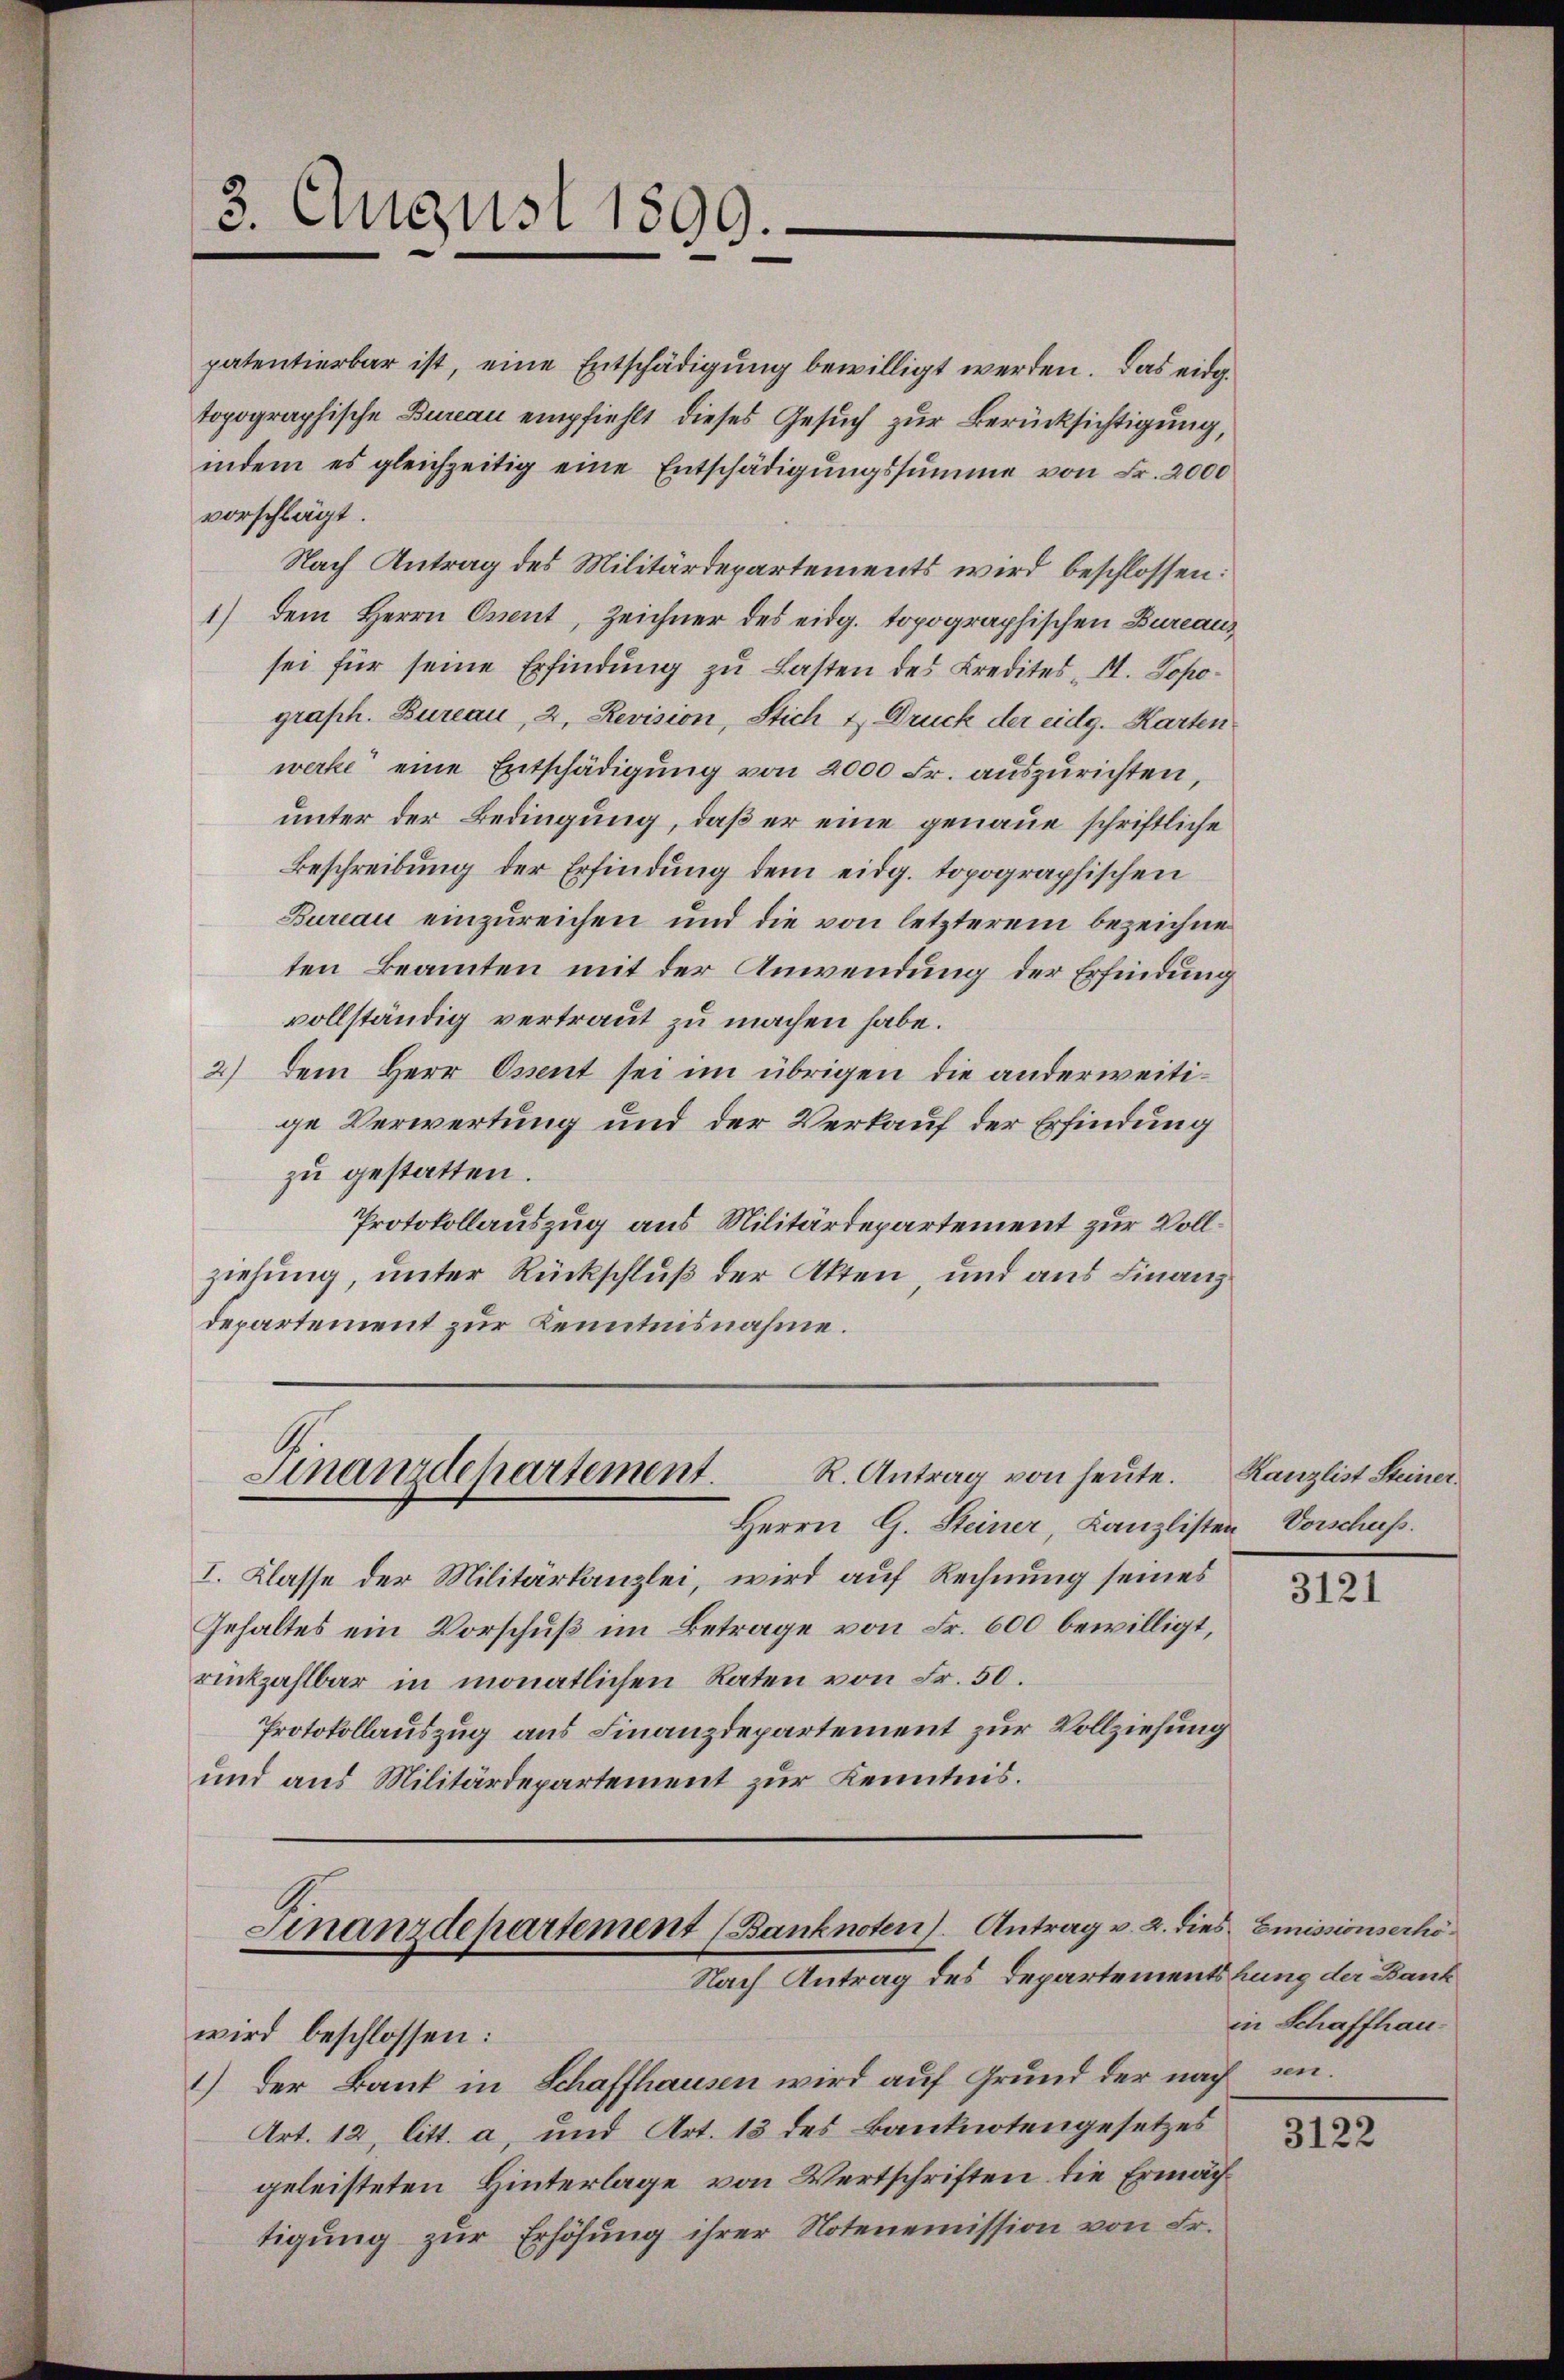
3. August 1899.

R. Antrag von heute.
Finanzdepartement.
Herrn G. Steiner, Kanzlisten Vorschuss.

I. Klasse der Militärkanzlei, wird auf Rechnung seines
Gehaltes ein Vorschuß im Betrage von Fr. 600 bewilligt,
rückzahlbar in monatlichen Raten von Fr. 50.
Protokollauszug aus Finanzdepartement zur Vollziehung
und aus Militärdepartement zur Kenntnis.

patentierbar ist, eine Entschädigung bewilligt werden. Das eidge
topographische Bureau empfiehlt dieses Gesuch zur Berücksichtigung,
indem es gleichzeitig eine Entschädigŭngssumme von Fr. 2000
vorschlägt.
Nach Antrag des Militärdepartements wird beschlossen:
1) dem Herrn Orient, Zeichner des eidg. topographischen Bureaus
sei für seine Erfindung zu Lasten des Kredites H. Popograph. Bureau, 2. Revision, Stich 2 Druck der eidg. Karten
werke eine Entschädigung von 2000 Fr. auszurichten,
unter der Bedingung, daß er eine genaue schriftliche
Beschreibung der Erfindung dem eidg. topographischen
Bureau einzureichen und die von letzterem bezeichne
ten Beamten mit der Anwendung der Erfindung
vollständig vertraut zu machen habe.
2) dem Herr Essent sei im übrigen die anderweitige Verwertung und der Verkauf der Erfindung
zu gestatten.
Protokollauszug aus Militärdepartement zur Vollziehung, unter Rückschluß der Akten, und aus Finanz
departement zur Kenntnisnahme.

Finanzdepartement (Banknoten). Antrag v. 2. dies Emissionserhö¬
Nach Antrag des Departementshung der Bank

wird beschlossen:
1.) Der Bank in Schaffhausen wird auf Grund der nach an¬
Art. 12, litt. a, und Art. 13 des Banknotengesetzes
geleisteten Hinterlage von Wertschriften die Ermächtigung zur Erhöhung ihrer Notenemission von Fr.

Kanzlist Steiner

3121

in Schaffhau¬

3122